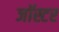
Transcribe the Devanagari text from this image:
जॉस्टर